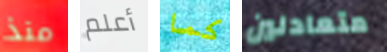
منذ أعلم كما متعادلين